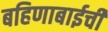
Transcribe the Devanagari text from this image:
बहिणाबाईची